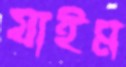
যাইম